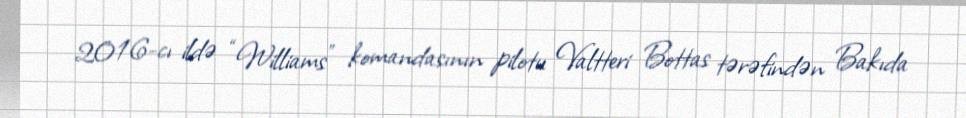
2016-cı ildə “Williams” komandasının pilotu Valtteri Bottas tərəfindən Bakıda